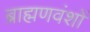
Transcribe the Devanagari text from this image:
ब्राह्मणवंशों